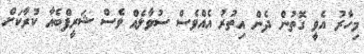
މިހާރު އެވީ ގޮތުން ދެން އިތުރު އެއްވެސް ސުވާލެއް ވެސް ޝަރީފްބެއާ ކުރާކަށް